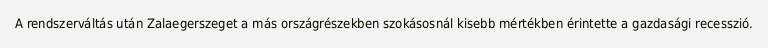
A rendszerváltás után Zalaegerszeget a más országrészekben szokásosnál kisebb mértékben érintette a gazdasági recesszió.